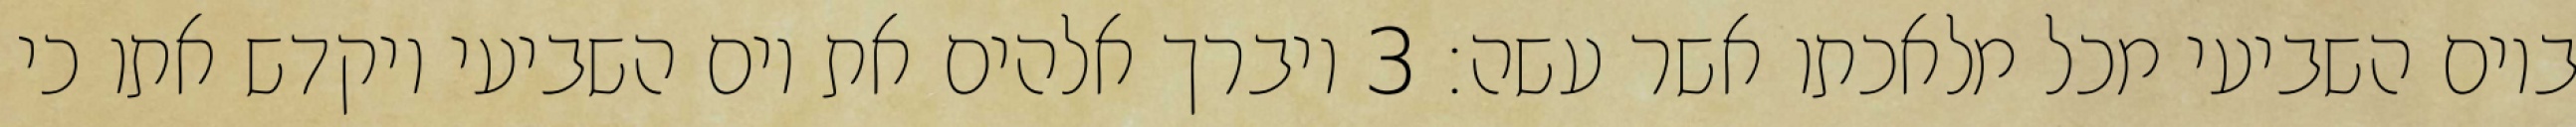
ביום השביעי מכל מלאכתו אשר עשה׃ ‎3‏ ויברך אלהים את יום השביעי ויקדש אתו כי